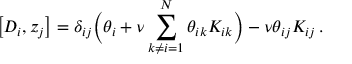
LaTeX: \left[ { \cal D } _ { i } , z _ { j } \right] = \delta _ { i j } \biggl ( \theta _ { i } + \nu \sum _ { k \ne i = 1 } ^ { N } \theta _ { i k } K _ { i k } \biggr ) - \nu \theta _ { i j } K _ { i j } \, .